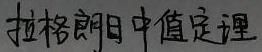
拉格朗日中值定理